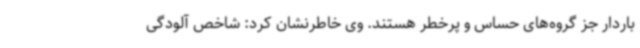
باردار جز گروه‌های حساس و پرخطر هستند. وی خاطرنشان کرد: شاخص آلودگی